Vaccination in Burma 1900-1911 - 1900-1911
Year: 1900
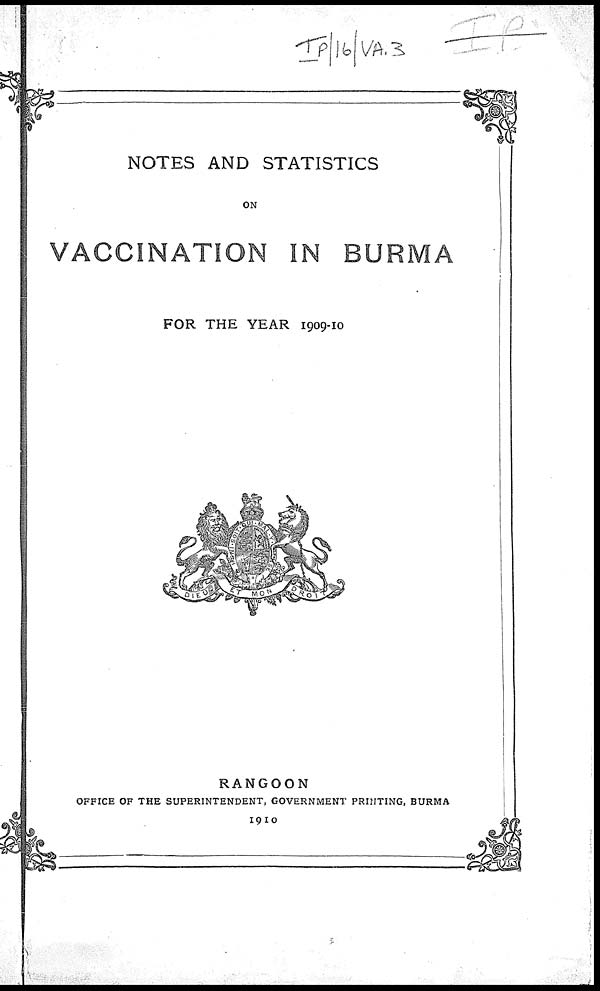
NOTES AND STATISTICS
ON
VACCINATION IN BURMA
FOR THE YEAR 1909-10
RANGOON
OFFICE OF THE SUPERINTENDENT, GOVERNMENT PRINTING, BURMA
1910